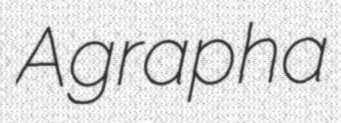
Agrapha